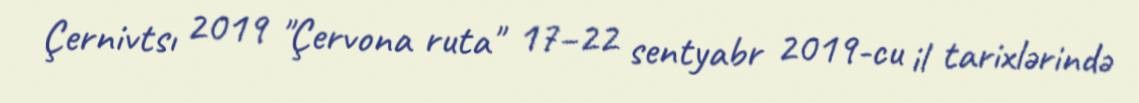
Çernivtsı 2019 "Çervona ruta" 17–22 sentyabr 2019-cu il tarixlərində